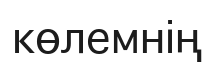
көлемнің